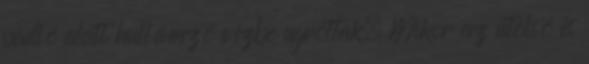
padló alatt hullámzó vízbe ugrottak. Mikor az utolsó is